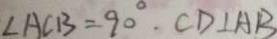
\angle A C B = 9 0 ^ { \circ } . C D \bot A B